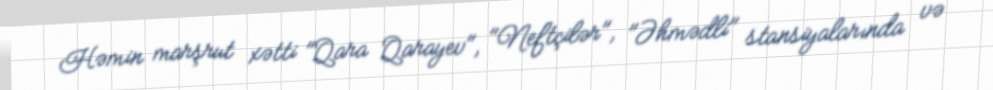
Həmin marşrut xətti "Qara Qarayev", "Neftçilər", "Əhmədli" stansiyalarında və